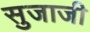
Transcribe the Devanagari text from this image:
सुजाजी